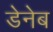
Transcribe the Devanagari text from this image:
डेनेब